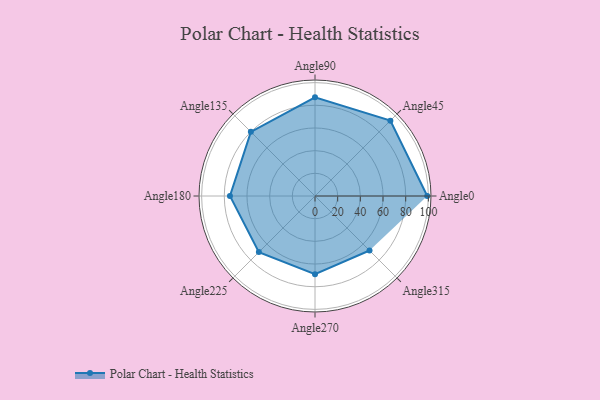
{"axis": {"x": "Angle", "y": "Radius"}, "legend": [""], "data": [{"x": "Angle0", "y": 99.0, "type": ""}, {"x": "Angle45", "y": 94.0, "type": ""}, {"x": "Angle90", "y": 87.0, "type": ""}, {"x": "Angle135", "y": 80.0, "type": ""}, {"x": "Angle180", "y": 75.0, "type": ""}, {"x": "Angle225", "y": 70.0, "type": ""}, {"x": "Angle270", "y": 69.0, "type": ""}, {"x": "Angle315", "y": 68.0, "type": ""}]}